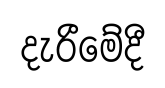
දැරීමේදී